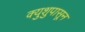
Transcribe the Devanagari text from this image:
क्युशुपासून